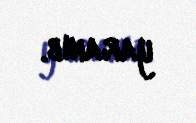
yaranıb.